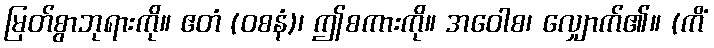
မြတ်စွာဘုရားကို။ ဧတံ (ဝစနံ)၊ ဤစကားကို။ အဝေါစ၊ လျှောက်၏။ (ကိံ